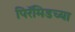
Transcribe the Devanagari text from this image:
पिरॅमिडच्या